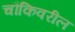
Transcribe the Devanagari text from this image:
चौकिवरील